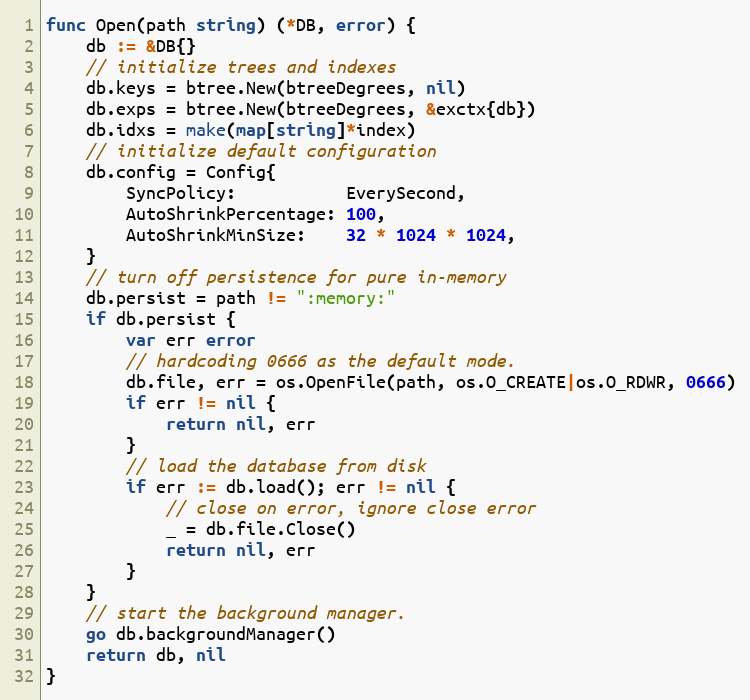
Language: Go
func Open(path string) (*DB, error) {
	db := &DB{}
	// initialize trees and indexes
	db.keys = btree.New(btreeDegrees, nil)
	db.exps = btree.New(btreeDegrees, &exctx{db})
	db.idxs = make(map[string]*index)
	// initialize default configuration
	db.config = Config{
		SyncPolicy:           EverySecond,
		AutoShrinkPercentage: 100,
		AutoShrinkMinSize:    32 * 1024 * 1024,
	}
	// turn off persistence for pure in-memory
	db.persist = path != ":memory:"
	if db.persist {
		var err error
		// hardcoding 0666 as the default mode.
		db.file, err = os.OpenFile(path, os.O_CREATE|os.O_RDWR, 0666)
		if err != nil {
			return nil, err
		}
		// load the database from disk
		if err := db.load(); err != nil {
			// close on error, ignore close error
			_ = db.file.Close()
			return nil, err
		}
	}
	// start the background manager.
	go db.backgroundManager()
	return db, nil
}